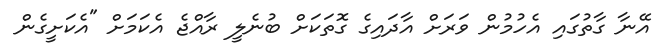
އޭނާ ގާތުގައި އެހުމުން ވަރަށް އާދައިގެ ގޮތަކަށް ބުނެލީ ރާއްޖެ އެކަމަށް "އެކަށީގެން